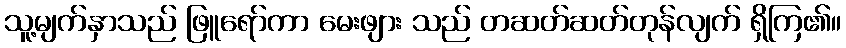
သူ့မျက်နှာသည် ဖြူရော်ကာ မေးဖျား သည် တဆတ်ဆတ်တုန်လျက် ရှိကြ၏။